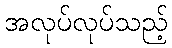
အလုပ်လုပ်သည့်